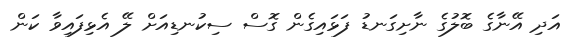
އަދި އޭނާގެ ބޮލުގެ ނާށިގަނޑު ފަޅައިގެން ގޮސް ސިކުނޑިއަށް ލޭ އެޅިފައިވާ ކަން